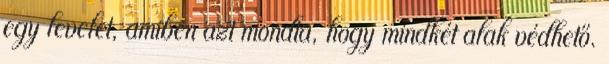
egy levelet, amiben azt mondta, hogy mindkét alak védhető.